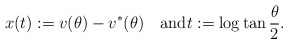
\begin{align*}x(t):=v(\theta)-v^*(\theta)\quad\textrm{and}t:=\log\tan\frac{\theta}{2}.\end{align*}